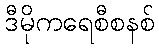
ဒီမိုကရေစီစနစ်